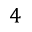
4